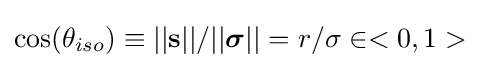
\cos({{\theta }_{iso}})\equiv ||\mathbf {s} ||/||{\boldsymbol {\sigma }}||=r/\sigma \in <0,1>